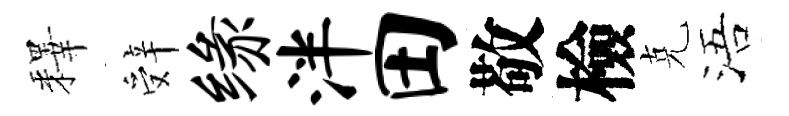
釋辤缘泮田敬檢克浯